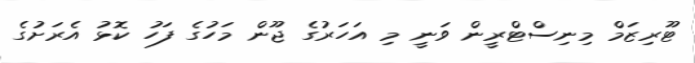
ޓޫރިޒަމް މިނިސްޓްރީން ވަނީ މި އަހަރުގެ ޖޫން މަހުގެ ފަހު ކޮޅު އެރަށުގެ